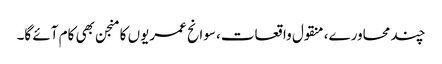
چند محاورے، منقول واقعات، سوانح عمریوں کا منجن بھی کام آئے گا۔